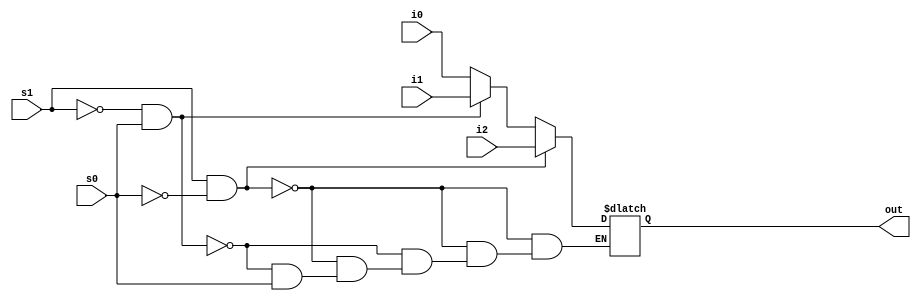
module mult3_to_1_32(out, i0,i1,i2,s0,s1);
output reg [31:0] out;
input [31:0] i0,i1,i2;
input s0,s1;
always @* begin
    if(s1 == 1 && s0 == 0) 
        out = i2;
    else if(s1 == 0 && s0 == 1) 
        out = i1;
    else if(s0 == 0) 
        out = i0;
end
endmodule